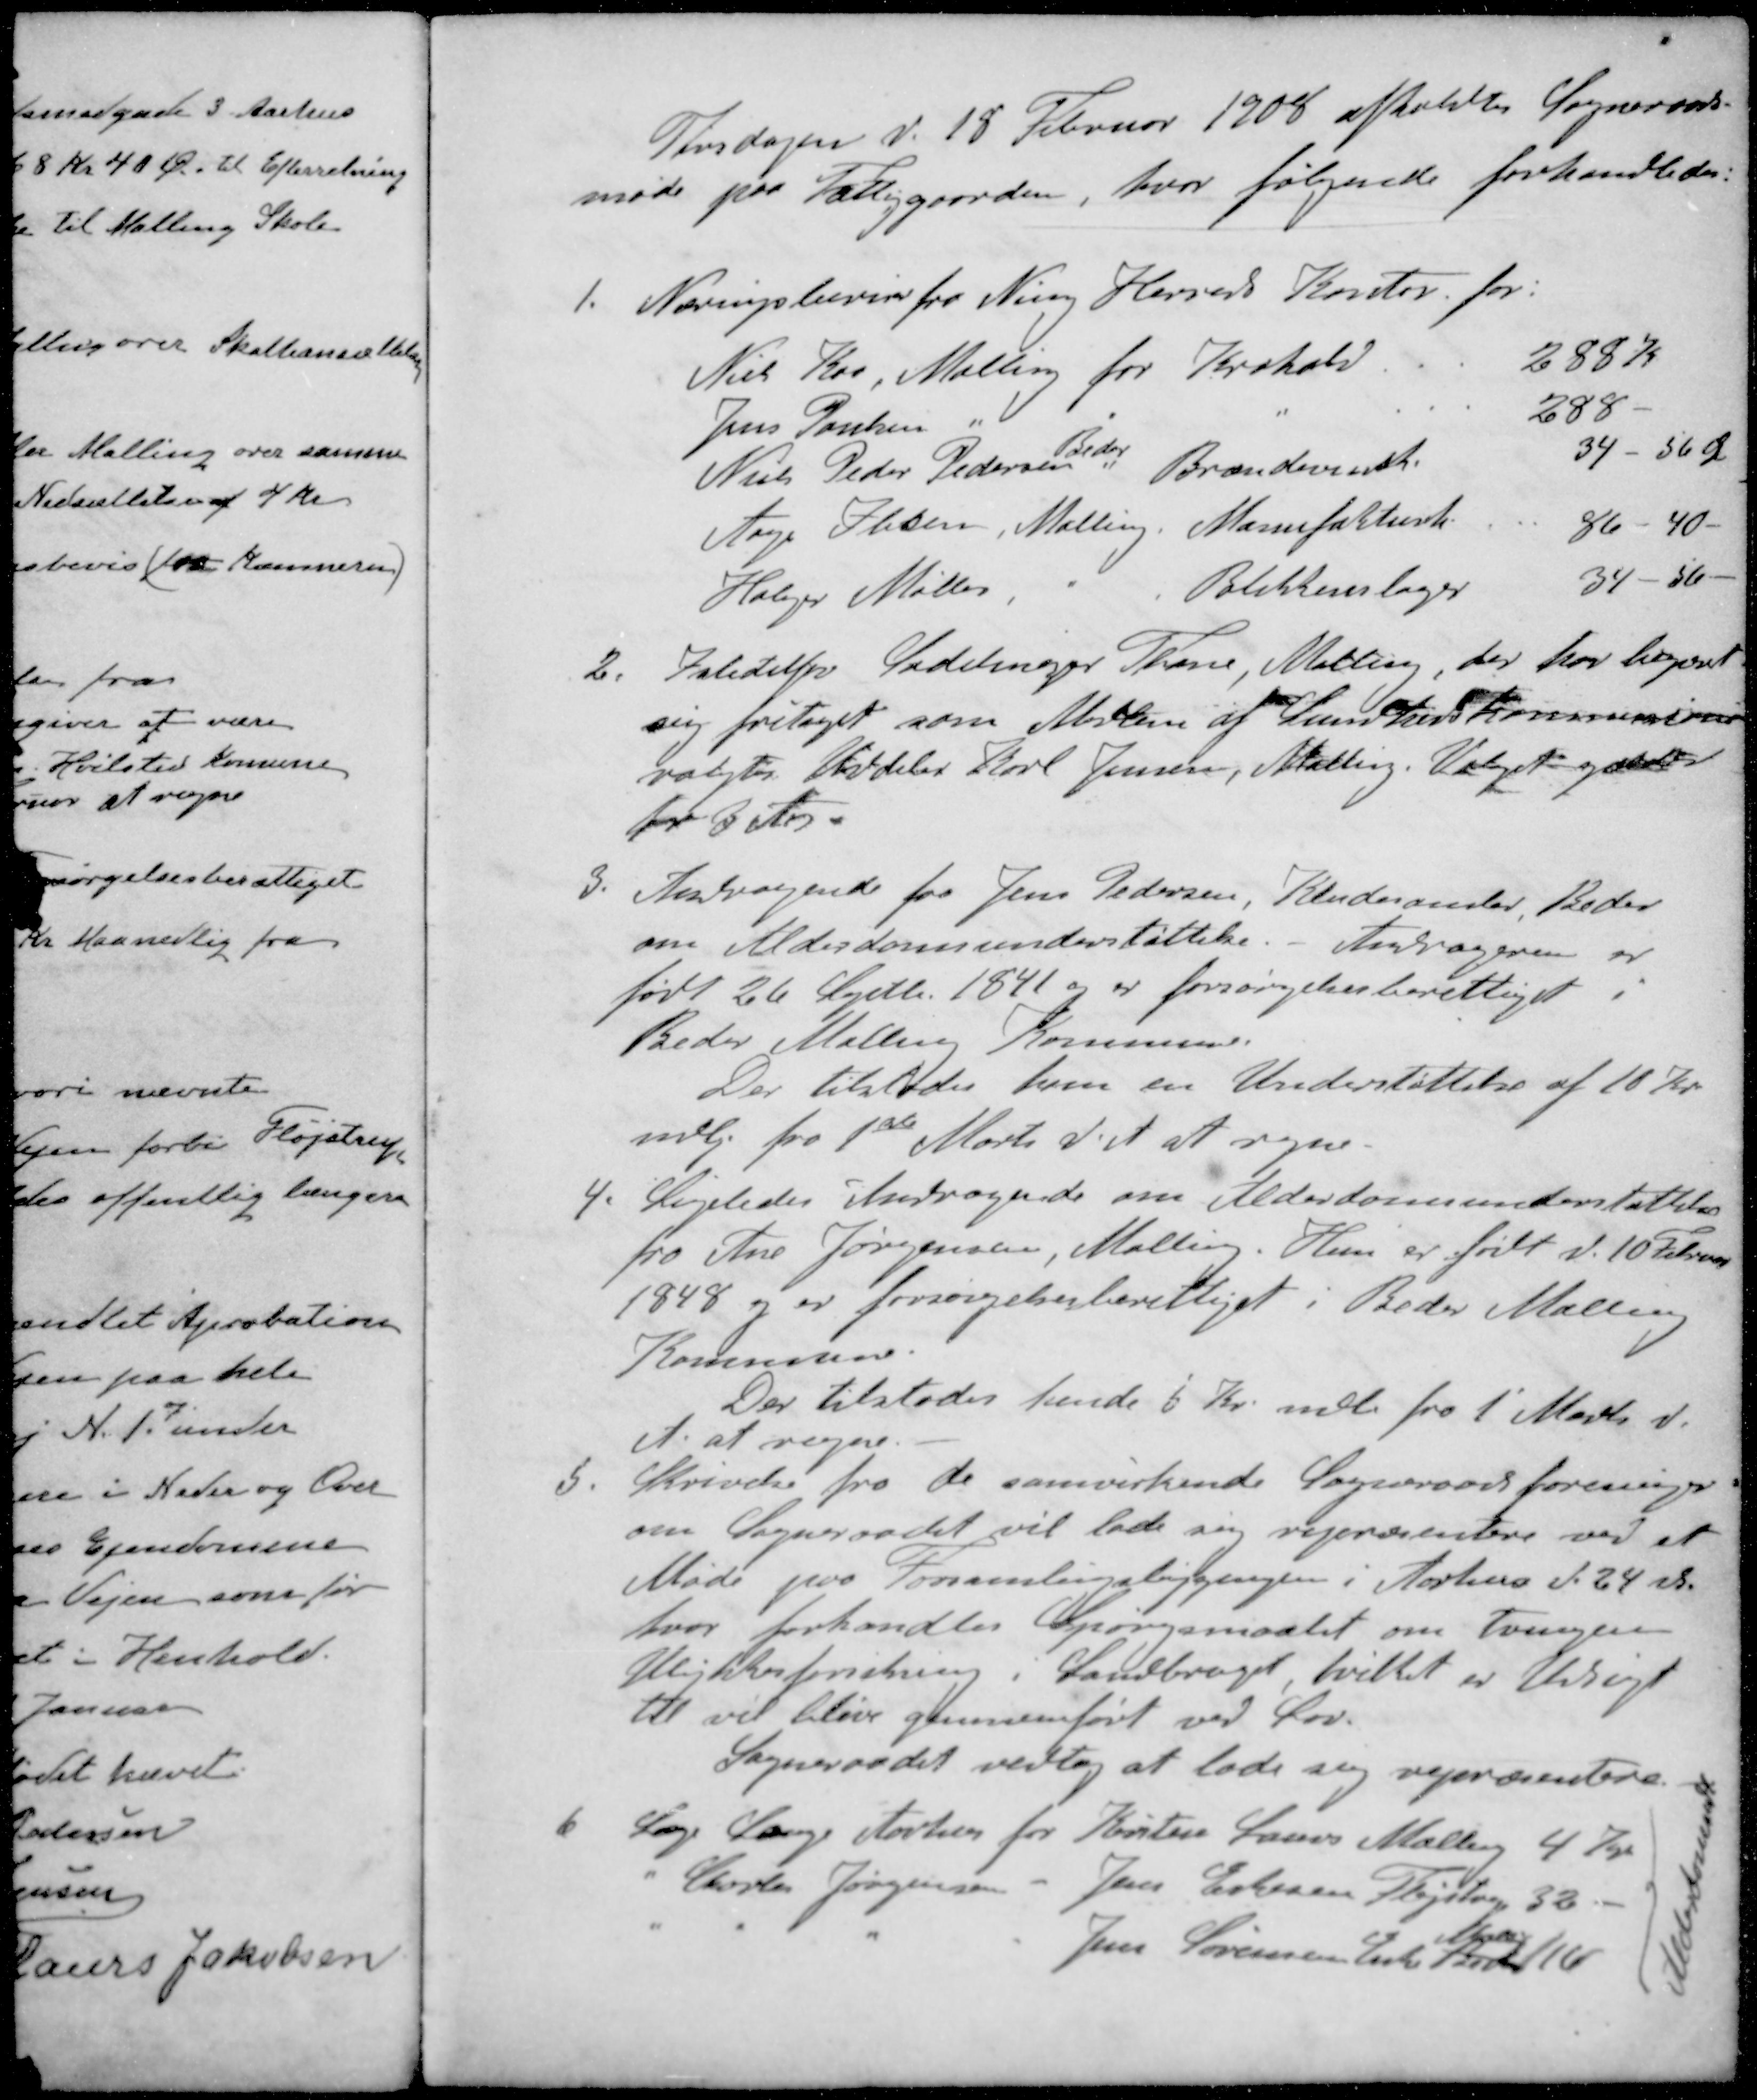
Transskription:
Tirsdagen d. 18 Februar 1908 afholdtes Sogneraads-
møde paa Fattiggaarden, hvor følgende forhandledes.
1. Næringsbevis fra Ning Herreds Kontor for:
Niels Ros, Malling for Krohold 288 K
Jens Poulsen " 288 -
Beder
Niels Peder Pedersen " Brændevinsh 34 - 56 Ø
Aage Olsen, Malling Manufakturh 86 - 40 -
Holger Møller - Blikkenslager 34 - 56 -
2. Istedetfor Sadelmager Thone, Malling, der har begæret
sig fritaget som Medlem af Sundhedskommissionen
valgtes Uddeler Karl Jensen, Malling. Valget gælder
for 3 Aar.
3. Andragende fra Jens Pedersen, Kludesamler Beder
om Alderdomsunderstøttelse. - Andrageren er
født 26 Septb 1841 og er forsørgelsesberettiget i
Beder Malling Kommune.
Der tilstodes ham en Understøttelse af 10 Kr
mdlg. fra 1ste Marts d. A. at regne
4. Ligeledes Andragende om Alderdomsunderstøttelse
fra Ane Jørgensen, Malling. Hun er født d. 10 Februar
1848 og er forsørgelsesberettiget i Beder Malling
Kommune.
Der tilstodes hende 6 Kr. mdl fra 1' Marts d.
A. at regne.
5. Skrivelse fra de samvirkende Sogneraadsforeninger
om Sogneraadet vil lade sig repræsentere ved et
Møde paa Forsamlingsbygningen i Aarhus d. 24 d.
hvor forhandles Spørgsmaalet om tvungen
Ulykkesforsikring. Landbruget hvilket er Udsigt
til vil blive gennemført ved Lov.
Sogneraadet vedtog at lade sig repræsentere.
6 Læge Lauge Aarhus for Kristen Laurs Malling 4 Kr
" Charles Jørgensen - Jens Eskesen Fløjstrup 32 -
Malling
" " " " Jens Sørensen Enke Beder 16
Aldersrtmodt